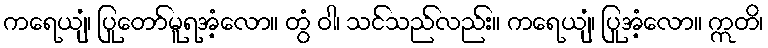
ကရေယျံ၊ ပြုတော်မူရအံ့လော။ တွံ ဝါ၊ သင်သည်လည်း။ ကရေယျံ၊ ပြုအံ့လော။ ဣတိ၊